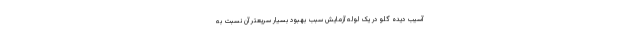
آسیب دیده گلو در یک لوله آزمایش سبب بهبود بسیار سریعتر آن نسبت به